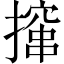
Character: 撺